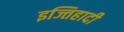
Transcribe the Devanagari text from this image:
इज्तिहादी